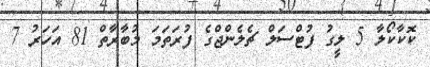
ކޮކާކޯލާ 5 ލީގު ފުޓްސަލް ޗެލެންޖްގެ ފުރަތަމަ މުބާރާތް 81 އަހަރު 7